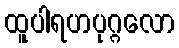
ထူပါရဟပုဂ္ဂလော